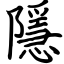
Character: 隱